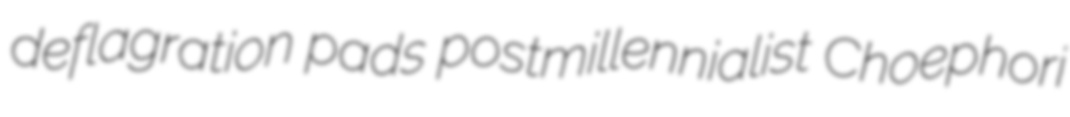
deflagration pads postmillennialist Choephori